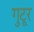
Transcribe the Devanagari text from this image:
गुटूर